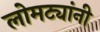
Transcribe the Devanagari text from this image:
लोमट्यांनी